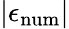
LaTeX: |\epsilon_{\mathrm{{num}}}|